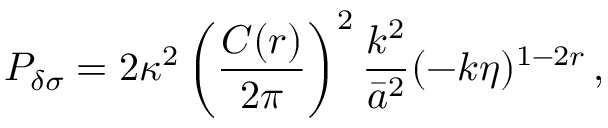
{ \cal P } _ { \delta \sigma } = 2 \kappa ^ { 2 } \left( { \frac { C ( r ) } { 2 \pi } } \right) ^ { 2 } { \frac { k ^ { 2 } } { \bar { a } ^ { 2 } } } ( - k \eta ) ^ { 1 - 2 r } \, ,